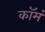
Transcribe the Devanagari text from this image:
कॉमं